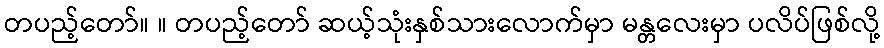
တပည့်တော်။ ။ တပည့်တော် ဆယ့်သုံးနှစ်သားလောက်မှာ မန္တလေးမှာ ပလိပ်ဖြစ်လို့